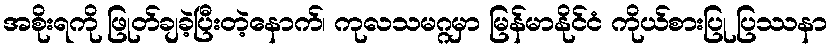
အစိုးရကို ဖြုတ်ချခဲ့ပြီးတဲ့နောက်၊ ကုလသမဂ္ဂမှာ မြန်မာနိုင်ငံ ကိုယ်စားပြု ပြဿနာ